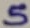
Text: 5